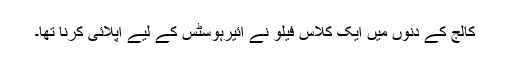
کالج کے دنوں میں ایک کلاس فیلو نے ائیرہوسٹس کے لیے اپلائی کرنا تھا۔